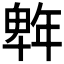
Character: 𭙆